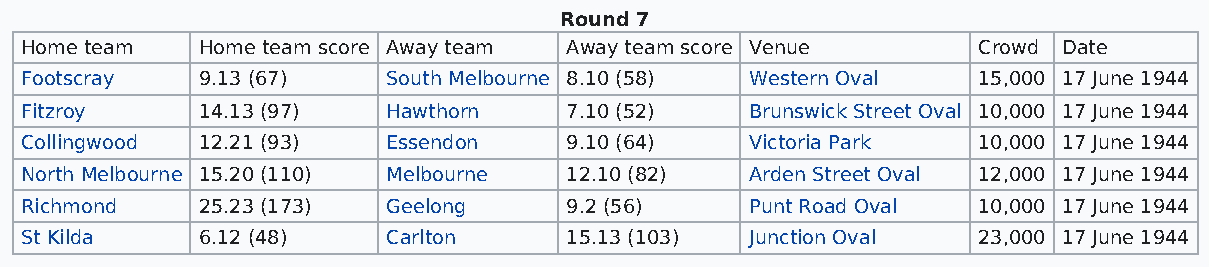
Round 7
 Home team   Home team score Away team Away team score Venue     Crowd Date
 Footscray   9.13 (67)    South Melbourne 8.10 (58) Western Oval 15,000 17 June 1944
 Fitzroy     14.13 (97)   Hawthorn   7.10 (52)    Brunswick Street Oval 10,000 17 June 1944
 Collingwood 12.21 (93)   Essendon   9.10 (64)    Victoria Park  10,000 17 June 1944
 North Melbourne 15.20 (110) Melbourne 12.10 (82) Arden Street Oval 12,000 17 June 1944
 Richmond    25.23 (173)  Geelong    9.2 (56)     Punt Road Oval 10,000 17 June 1944
 St Kilda    6.12 (48)    Carlton    15.13 (103)  Junction Oval  23,000 17 June 1944